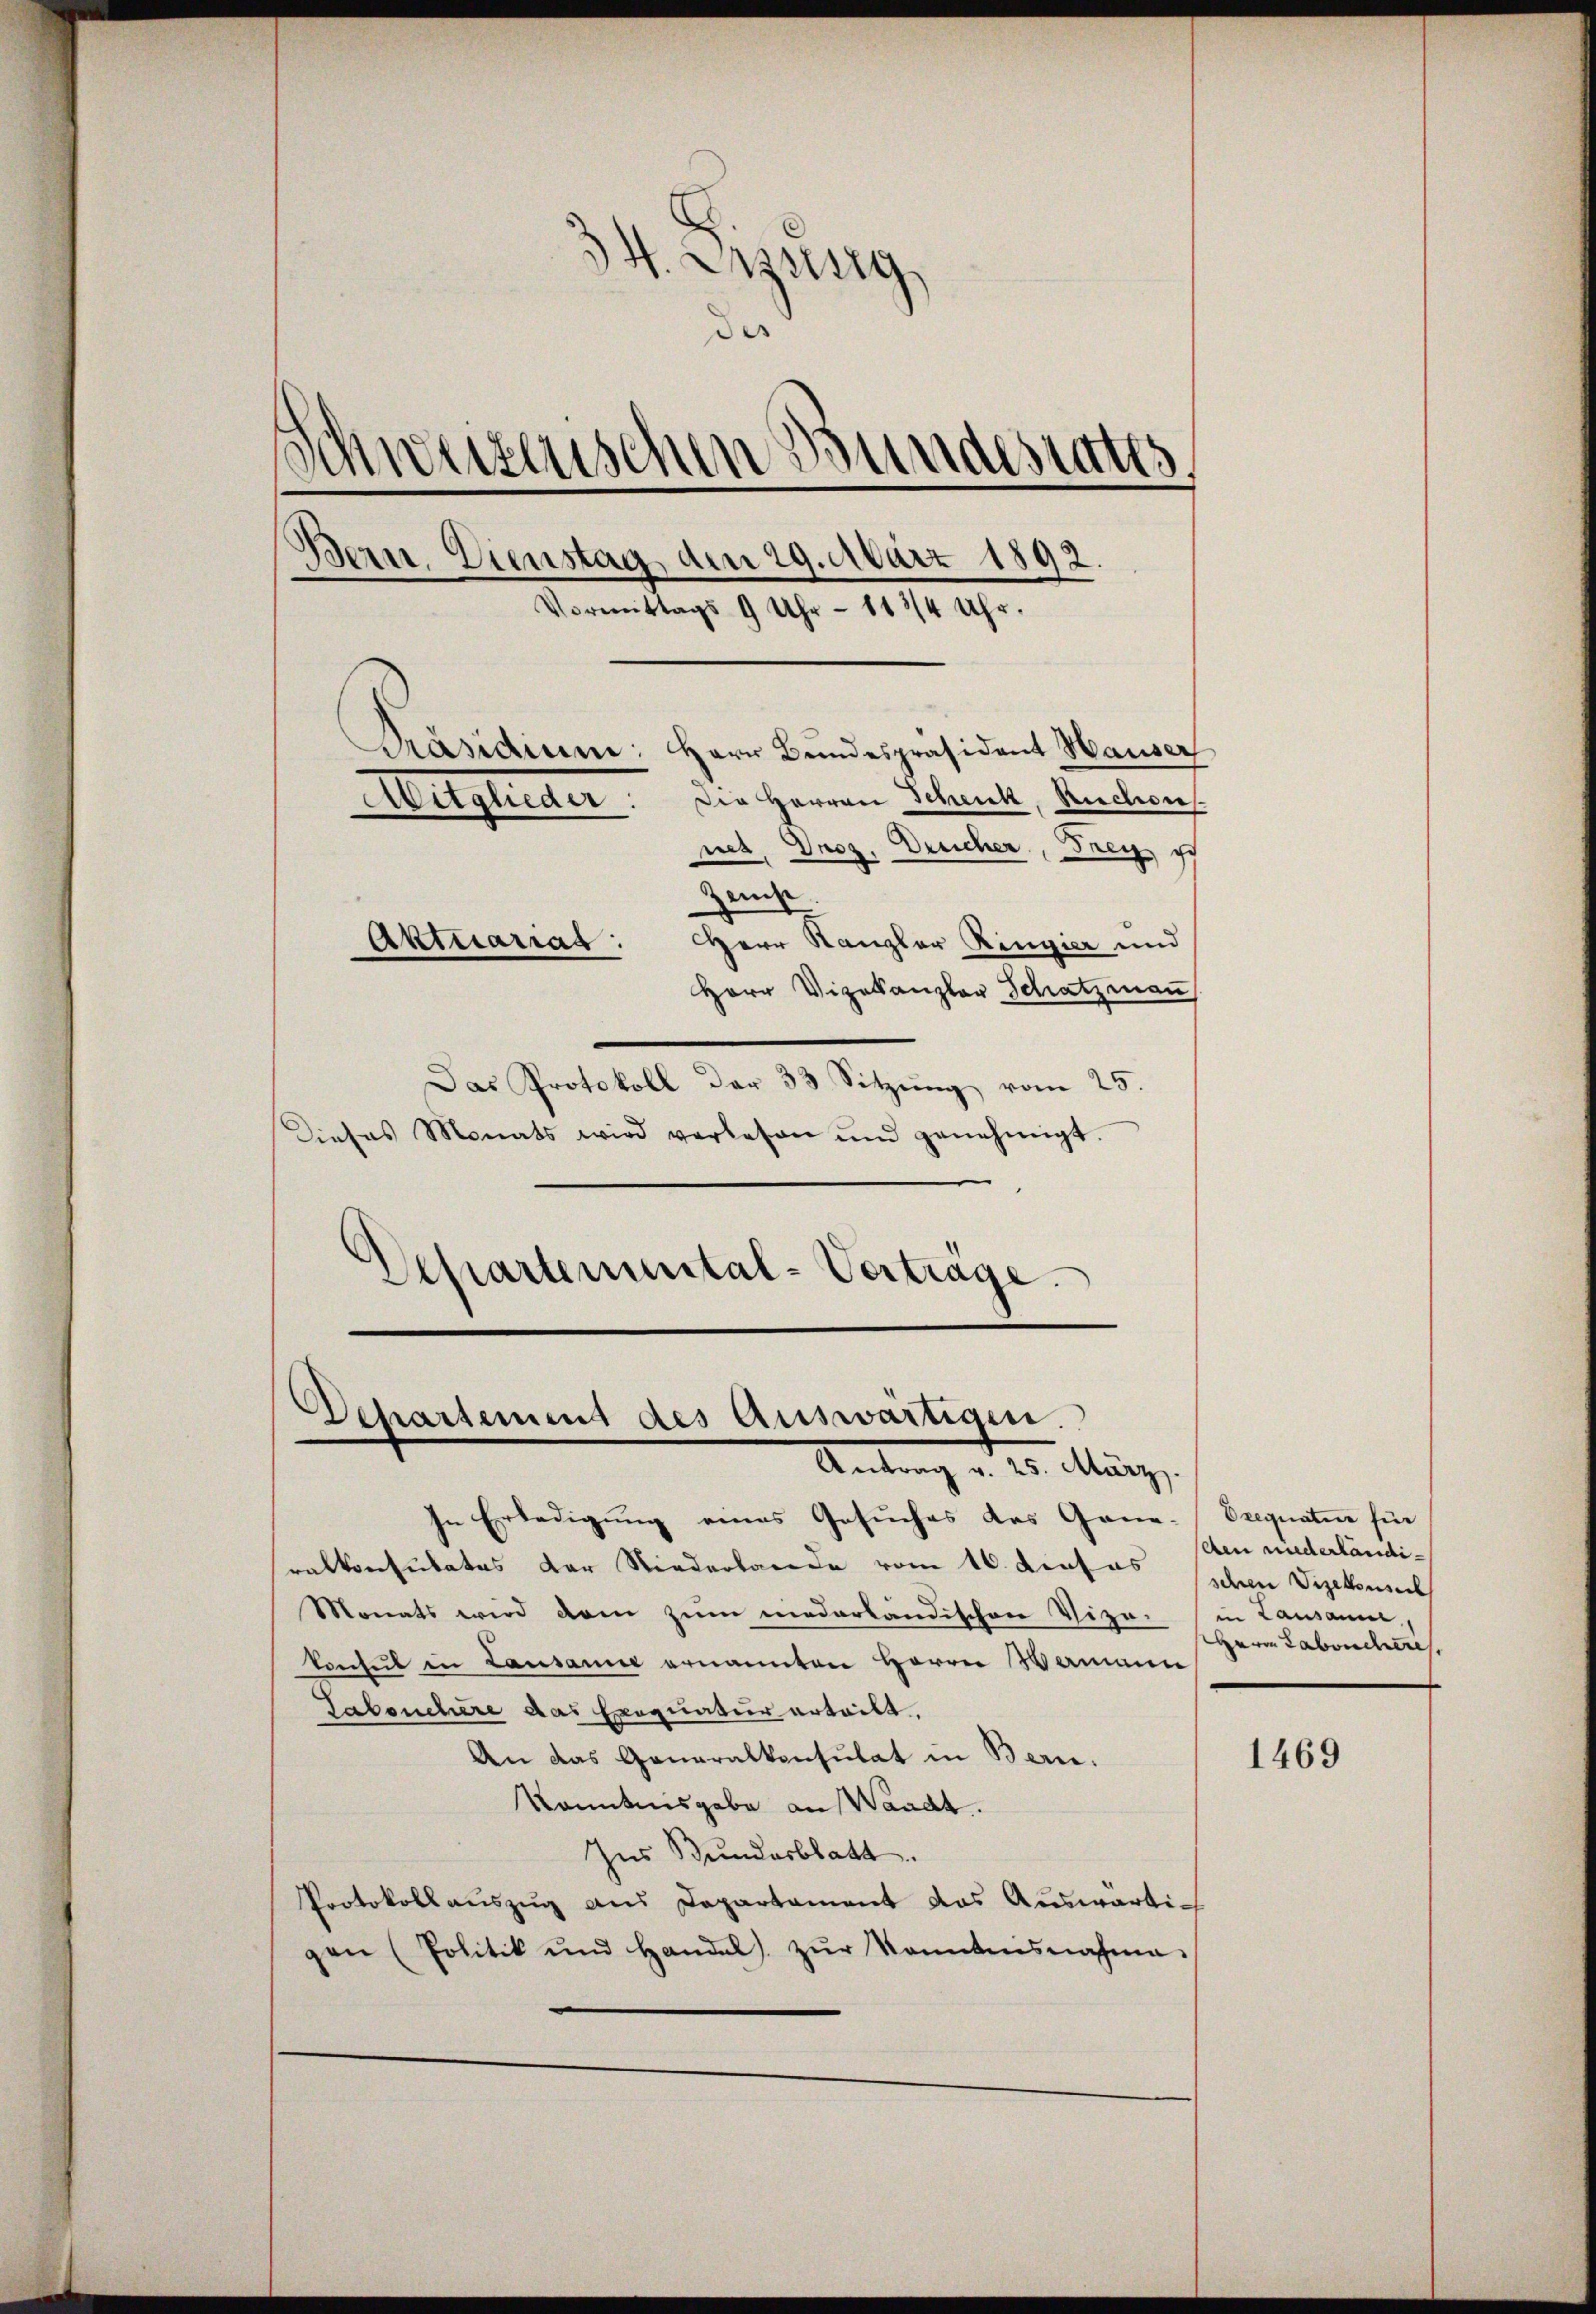
34. Anzeig
des
Schweizerischen Bundestatts
Bern. Dienstag, den 29. März 1892.
Vormittags 9 Uhr - 113/4 Uhr.
Präsidium: Herr Bundespräsident Hauser
Die Herren Schenk, Ructions.
Auglican
net. Droz. Dreicher, Frey, ich
e
Herr Kanzler Ringier und
Aktuariag
Herr Vizekanzler Schatzman

Das Protokoll der 33 Sitzung vom 25.
Dieses Monats wird verlesen ŭnd genehmigt.
Departemental-Verträge.

In Erledigung eines Gesuches des Gana-Drequatur für
ralkonsulates der Niederbande vom 16. dieses schen Vizekonsul
Monats wird dem zum niederländischen Vize- in Lausanne,
konsul in Lausanne ernannten Herrn Wamann
Tabsuchere das Exequatur erteilt,
An das Generalkonsulat in Bern.
Konntnisgabe an Waadt.
Ins Bundesblatt.
Protokollauszug aus Departement das Auswärti
gen (Politik und Handel zŭr konntensnahme.

Departement des Auswärtigen.
Antrag v. 25. März.

Aen niederländi¬
Herrn Laborcheres,

1469